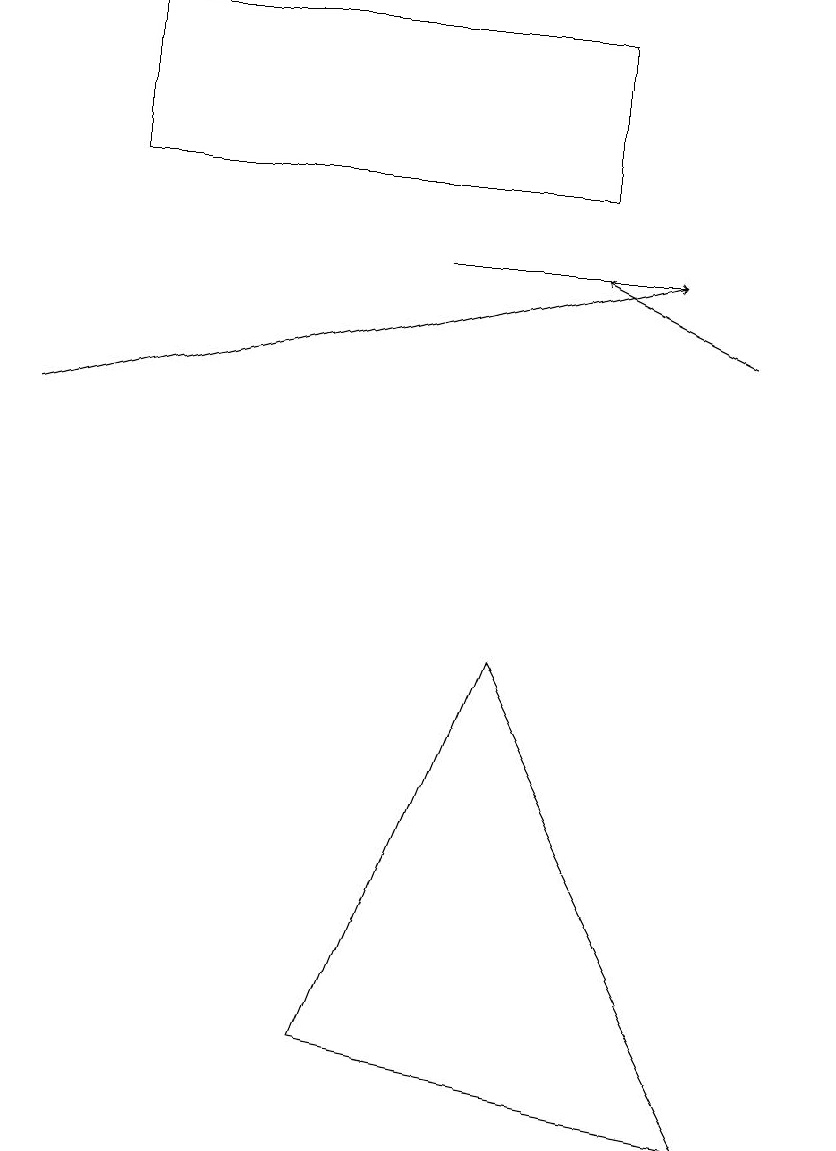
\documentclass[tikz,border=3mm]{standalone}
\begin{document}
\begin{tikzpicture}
\draw (10,12) circle (0);
\draw[->] (0,12) -- (8,14);
\draw (7,15) rectangle (1,17);
\draw (6,9) -- (9,3) -- (4,4) -- cycle;
\draw[->] (5,14) -- (8,14);
\draw[->] (9,13) -- (7,14);
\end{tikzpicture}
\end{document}